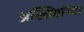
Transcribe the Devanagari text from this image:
अस्मितांच्या